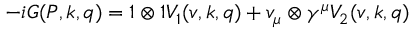
- i G ( P , k , q ) = 1 \otimes 1 V _ { 1 } ( v , k , q ) + v _ { \mu } \otimes \gamma ^ { \mu } V _ { 2 } ( v , k , q )